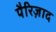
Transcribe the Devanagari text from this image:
पैरिज़ाद